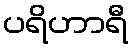
ပရိဟာရီ